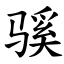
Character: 𫘬